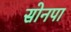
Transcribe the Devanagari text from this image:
सोनपा